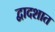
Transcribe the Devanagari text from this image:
द्वादशात